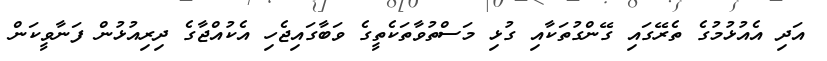
އަދި އެއުޅުމުގެ ތެރޭގައި ގޭންގުތަކާއި ގުޅި މަސްތުވާތަކެތީގެ ވަބާގައިޖެހި އެކުއްޖާގެ ދިރިއުޅުން ފަނާވީކަން